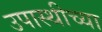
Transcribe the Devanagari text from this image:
उपास्थीच्या